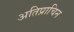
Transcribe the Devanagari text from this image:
अतिप्राचिन